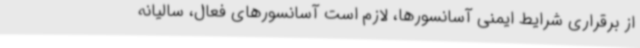
از برقراری شرایط ایمنی آسانسورها، لازم است آسانسورهای فعال، سالیانه